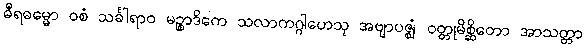
ဓီရဓမ္မော ဝစံ သင်္ခါရာဝ မဉ္စာဒိကေ သလာကဂ္ဂါဟေသု အဗျာပဇ္ဈံ ဝတ္တုမိစ္ဆိတော အာသတ္တာ